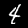
Digit: 4